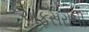
અફસરોની